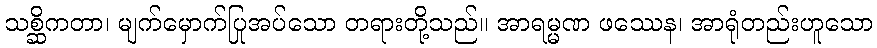
သစ္ဆိကတာ၊ မျက်မှောက်ပြုအပ်သော တရားတို့သည်။ အာရမ္မဏ ဖဿေန၊ အာရုံတည်းဟူသော